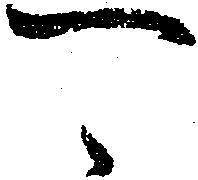
可